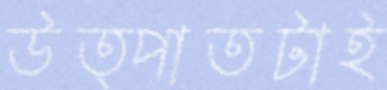
উত্পাতটাই